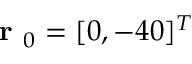
\textbf { r } _ { 0 } = [ 0 , - 4 0 ] ^ { T }